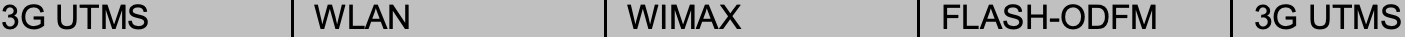
3G UTMS   WLAN       WIMAX     FLASH-ODFM 3G UTMS